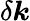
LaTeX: \delta\boldsymbol{k}